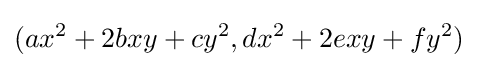
(ax^{2}+2bxy+cy^{2},dx^{2}+2exy+fy^{2})